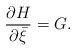
LaTeX: \begin{align*}\frac{\partial H}{\partial\bar \xi}=G.\end{align*}